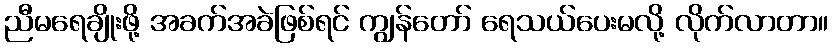
ညီမရေချိုးဖို့ အခက်အခဲဖြစ်ရင် ကျွန်တော် ရေသယ်ပေးမလို့ လိုက်လာတာ။